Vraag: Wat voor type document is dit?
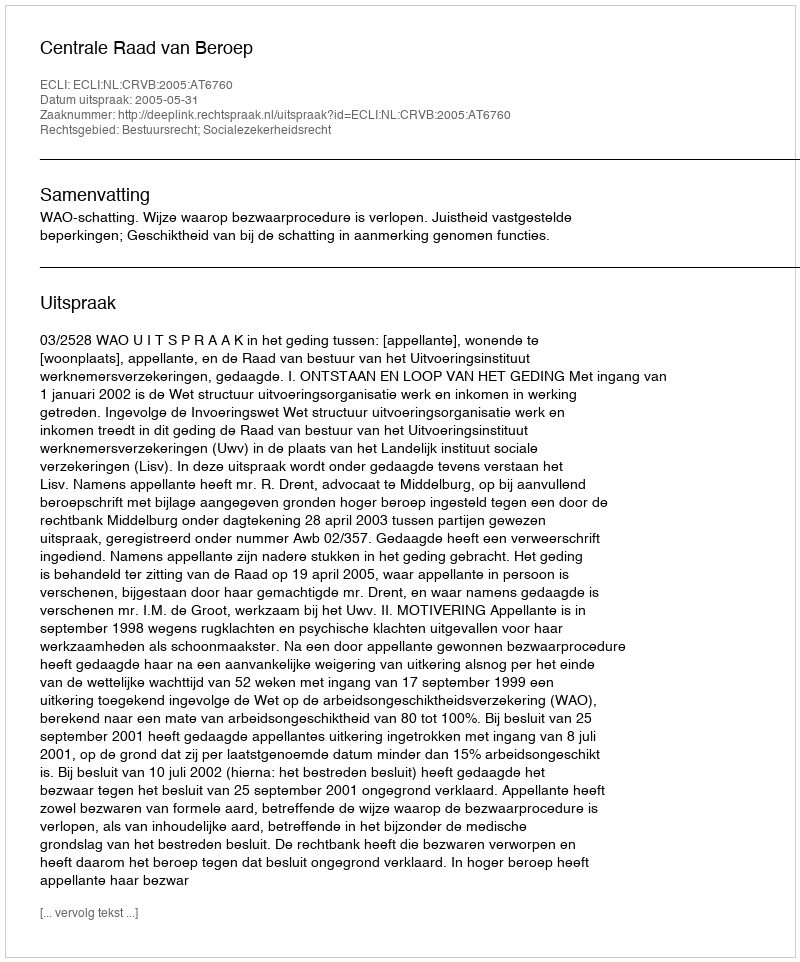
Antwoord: Uitspraak